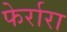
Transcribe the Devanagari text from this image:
फेर्रारा